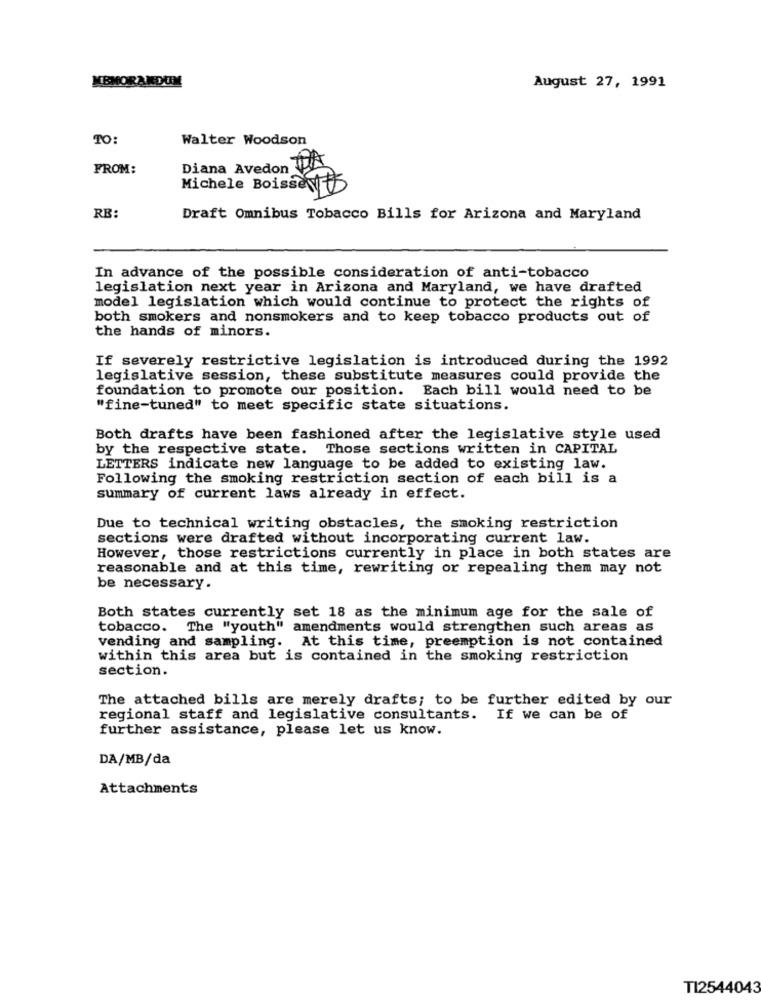
MEMORANDUM
August 27, 1991
TO:
Walter Woodson
FROM:
Diana Avedon ₩
Michele Boissey
RB
Draft Omnibus Tobacco Bills for Arizona and Maryland
In advance of the possible consideration of anti-tobacco
legislation next year in Arizona and Maryland, we have drafted
model legislation which would continue to protect the rights of
both smokers and nonsmokers and to keep tobacco products out of
the hands of minors.
If severely restrictive legislation is introduced during the 1992
legislative session, these substitute measures could provide the
foundation to promote our position.
Each bill would need to be
"fine-tuned" to meet specific state situations.
Both drafts have been fashioned after the legislative style used
by the respective state. Those sections written in CAPITAL
LETTERS indicate new language to be added to existing law.
Following the smoking restriction section of each bill is a
summary of current laws already in effect.
Due to technical writing obstacles, the smoking restriction
sections were drafted without incorporating current law.
However, those restrictions currently in place in both states are
reasonable and at this time, rewriting or repealing them may not
be necessary.
Both states currently set 18 as the minimum age for the sale of
tobacco. The "youth" amendments would strengthen such areas as
vending and sampling. At this time, preemption is not contained
within this area but is contained in the smoking restriction
section.
The attached bills are merely drafts; to be further edited by our
regional staff and legislative consultants. If we can be of
further assistance, please let us know.
DA/MB/da
Attachments
TI2544043